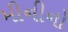
મીનીનો